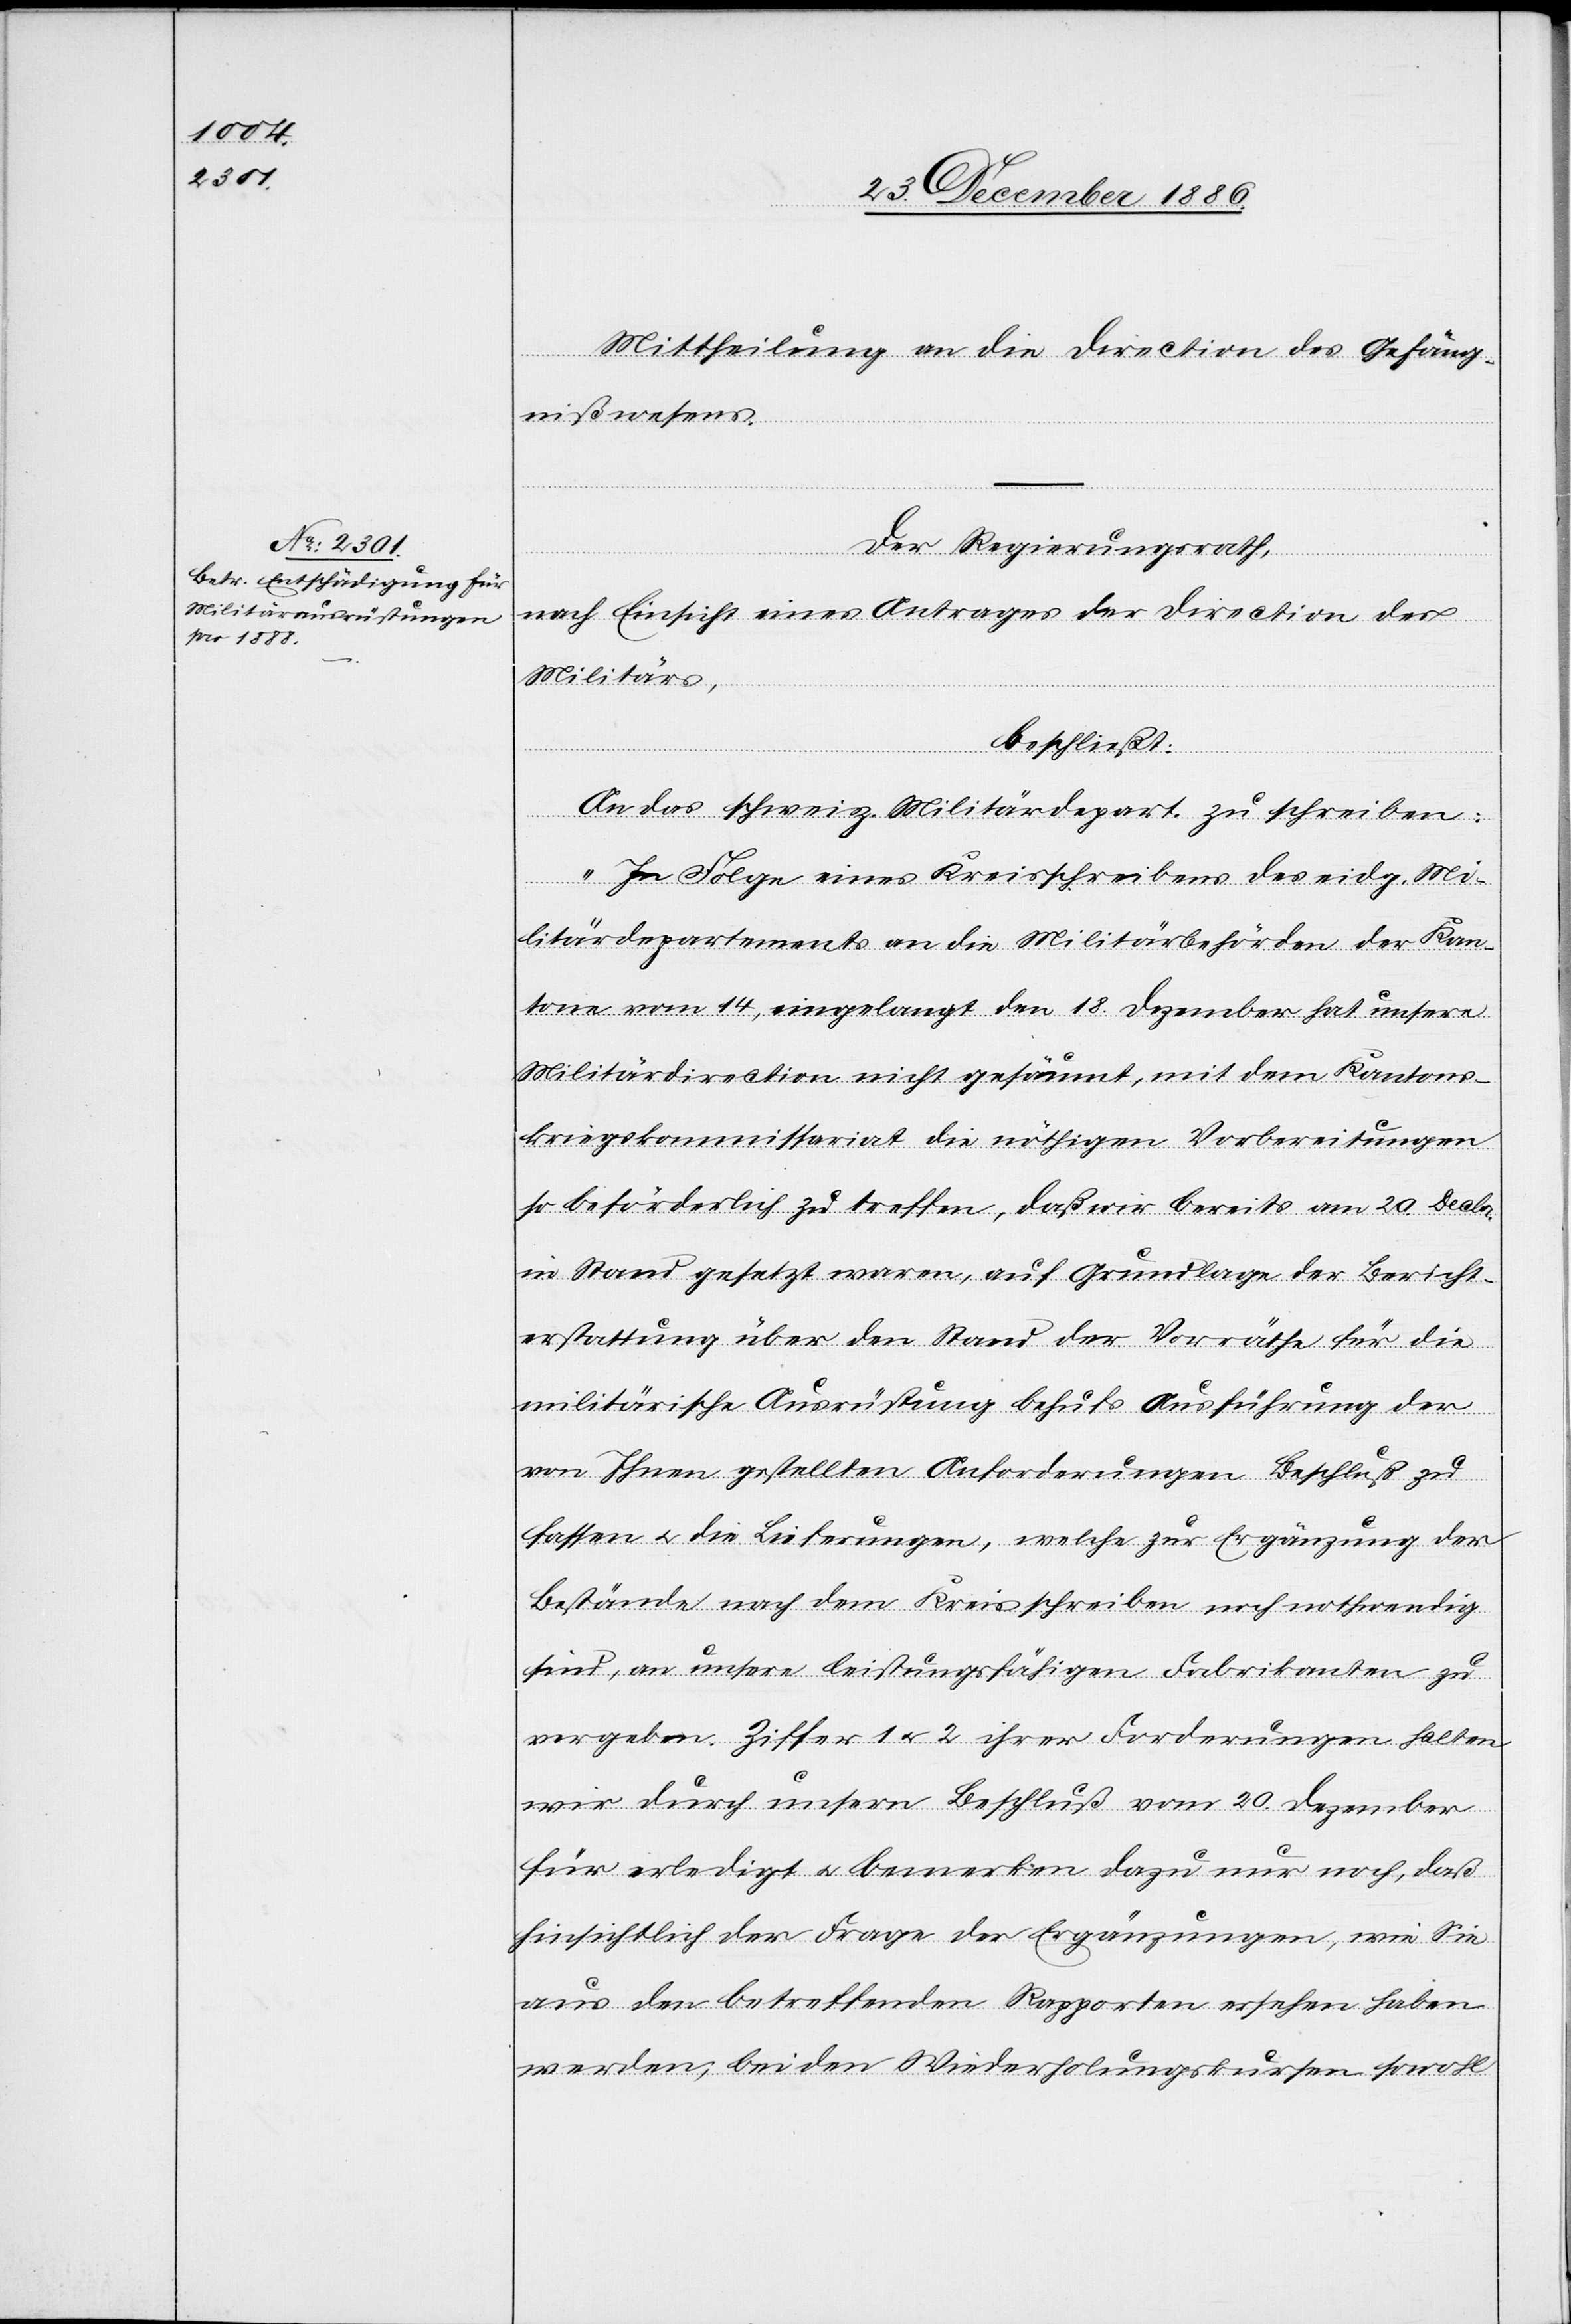
Mittheilung an die Direction des Gefäng¬
nißwesens.
Der Regierungsrath,
nach Einsicht eines Antrages der Direction des
Militärs,
beschließt:
An das schweiz. Militärdepart. zu schreiben:
„In Folge eines Kreisschreibens des eidg. Mi¬
litärdepartements an die Militärbehörden der Kan¬
tone vom 14., eingelangt den 18. Dezember hat unsere
Militärdirection nicht gesäumt, mit dem Kantons¬
kriegskommissariat die nöthigen Vorbereitungen
so beförderlich zu treffen, daß wir bereits am 20. Decbr.
in Stand gesetzt waren, auf Grundlage der Bericht¬
erstattung über den Stand der Vorräthe für die
militärische Ausrüstung behufs Ausführung der
von Ihnen gestellten Anforderungen Beschluß zu
fassen & die Lieferungen, welche zur Ergänzung der
Bestände nach dem Kreisschreiben noch nothwendig
sind, an unsere leistungsfähigen Fabrikanten zu
vergeben. Ziffer 1 & 2 ihrer Forderungen halten
wir durch unsern Beschluß vom 20. Dezember
für erledigt & bemerken dazu nur noch, daß
hinsichtlich der Frage der Ergänzungen, wie Sie
aus den betreffenden Rapporten ersehen haben
werden, bei den Wiederholungskursen sowohl